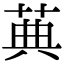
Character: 䓦